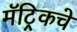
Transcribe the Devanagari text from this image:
मॅट्रिकचे